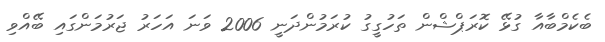
ބެކެމްބާއާ ގުޅޭ ކޮރަޕްޝްން ތަހުގީގު ކުރަމުންދަނީ 2006 ވަނަ އަހަރު ޖަރުމަންގައި ބޭއްވި